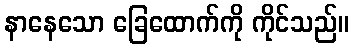
နာနေသော ခြေထောက်ကို ကိုင်သည်။